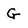
Character: G